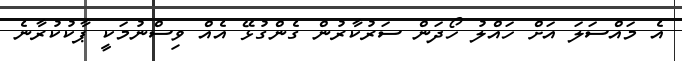
އެ މައްސަލަ އަށް ހައްލު ހޯދަން ސަރުކާރުން ގެންގުޅޭ އެއް ވިސްނުމަކީ ޕާކުކުރާނެ